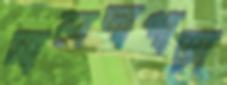
সালদাপাড়া